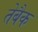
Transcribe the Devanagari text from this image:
तेबैक